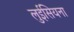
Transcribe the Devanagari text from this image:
लुईसियना